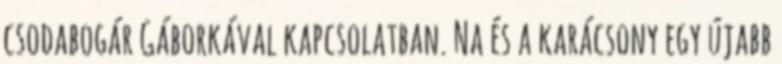
csodabogár Gáborkával kapcsolatban. Na és a karácsony egy újabb